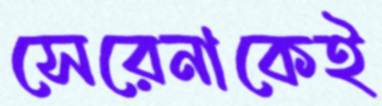
সেরেনাকেই